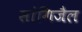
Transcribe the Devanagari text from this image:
सांगिजैल